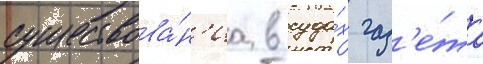
существова́н'иа в суда́х газ'е́та